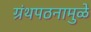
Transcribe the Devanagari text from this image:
ग्रंथपठनामुळे